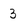
Character: 3